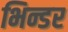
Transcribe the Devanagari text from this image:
भिन्डर